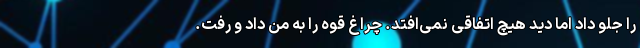
را جلو داد اما دید هیچ اتفاقی نمی‌افتد. چراغ قوه را به من داد و رفت.